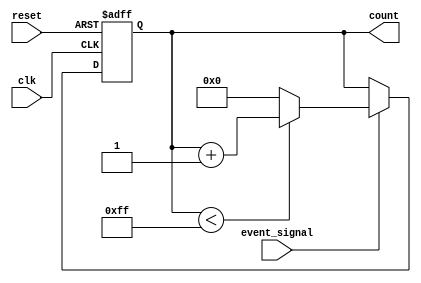
module event_counter (
    input wire clk,          // Clock input
    input wire reset,        // Asynchronous reset input
    input wire event_signal, // Event input signal
    output reg [7:0] count   // 8-bit count output (adjust size as needed)
);

    // Parameter for maximum count value
    parameter MAX_COUNT = 255; // Maximum count value for an 8-bit counter

    // Synchronous reset and counting logic
    always @(posedge clk or posedge reset) begin
        if (reset) begin
            count <= 8'b0; // Reset count to zero
        end else if (event_signal) begin
            if (count < MAX_COUNT) begin
                count <= count + 1; // Increment count
            end else begin
                count <= 8'b0; // Wrap around if max count is reached
            end
        end
    end

endmodule